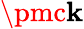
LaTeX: \pmc\mathbf{k}